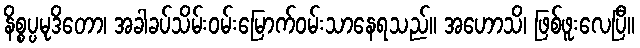
နိစ္စပ္ပမုဒိတော၊ အခါခပ်သိမ်းဝမ်းမြောက်ဝမ်းသာနေရသည်။ အဟောသိ၊ ဖြစ်ဖူးလေပြီ။